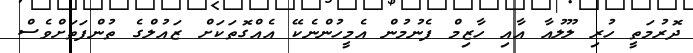
ދޮރުމަތީ ހުރި ލޫލުއާ އާއި ހާޒިމް ފެނުމުން އެމީހުންނެކޭ އެއްގޮތަކަށް ޒައުލްގެ ތުންފަތަށްވެސް